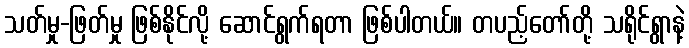
သတ်မှု-ဖြတ်မှု ဖြစ်နိုင်လို့ ဆောင်ရွက်ရတာ ဖြစ်ပါတယ်။ တပည့်တော်တို့ သရိုင်ရွာနဲ့